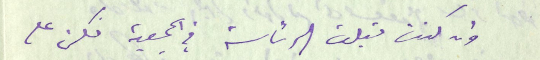
وان كنت قبلت الرئاسة في الجمعية فكن على